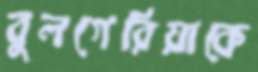
বুলগেরিয়াকে